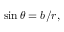
\sin \theta = b / r ,